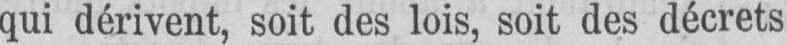
qui dérivent, soit des lois, soit des décrets